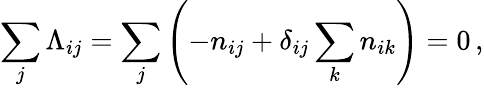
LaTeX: \sum_{j}\Lambda_{ij}=\sum_{j}\left(-n_{ij}+\delta_{ij}\sum_{k}n_{ik}\right)=0\, ,